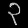
Digit: ၃